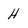
Character: H